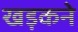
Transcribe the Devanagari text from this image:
खड़कने